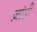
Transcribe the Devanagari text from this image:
ज़ांसी